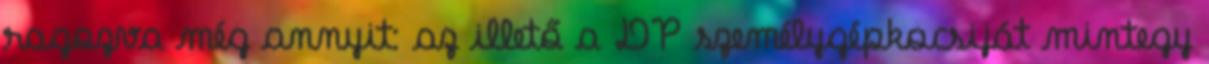
ragozva még annyit: az illető a DP személygépkocsiját mintegy